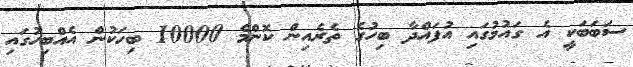
ސަބަބަކީ އެ ގައުމުގައި އުފައްދާ ބިހުގެ ތެރެއިން ކޮންމެ 10000 ބިހަކުން އެއްބިހުގައި